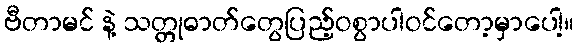
ဗီတာမင် နဲ့ သတ္တုဓာတ်တွေပြည့်ဝစွာပါဝင်တော့မှာပေါ့။